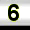
Digit: 3